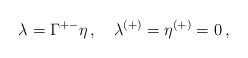
LaTeX: \begin{align*}\lambda = \Gamma^{+-}\eta\, ,\quad\lambda^{(+)} = \eta^{(+)} = 0\, ,\end{align*}